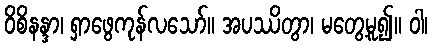
ဝိစိနန္ဒာ၊ ရှာဖွေကုန်လသော်။ အပဿိတွာ၊ မတွေ့မူ၍။ ဝါ၊